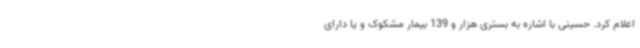
اعلام کرد. حسینی با اشاره به بستری هزار و 139 بیمار مشکوک و یا دارای